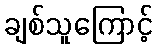
ချစ်သူကြောင့်